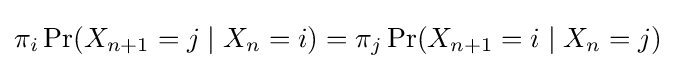
\pi _{i}\Pr(X_{n+1}=j\mid X_{n}=i)=\pi _{j}\Pr(X_{n+1}=i\mid X_{n}=j)